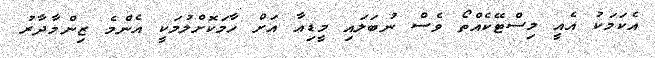
އެކަމަކު އެއީ މިސްޓޭކެއްތޯ ވެސް ނުބަލައި މީޑިއާ އަށް ހާމަކޮށްލުމަކީ އެންމެ ޒިންމާދާރު